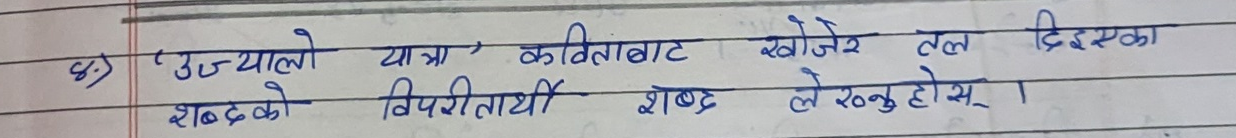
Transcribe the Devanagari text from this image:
८) 'उज्यालो यात्रा' कविताबाट खोजेर तल दिइएका शब्दको विपरीतार्थी शब्द लेख्नु होस्।